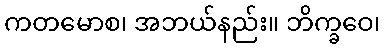
ကတမောစ၊ အဘယ်နည်း။ ဘိက္ခဝေ၊